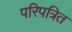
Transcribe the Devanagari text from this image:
परिपत्रित